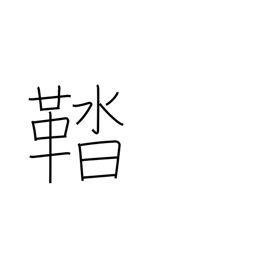
Meaning: shoes